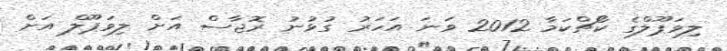
ލިވަޕޫލްގެ ކޯޗްކަމާ 2012 ވަނަ އަހަރު ގުޅުނު ރޮޖާސް އަށް ލިވަޕޫލް އަށް